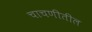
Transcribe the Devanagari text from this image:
चाचणीतील